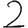
Digit: 2